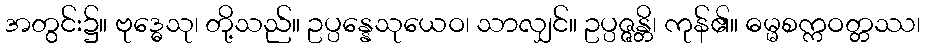
အတွင်း၌။ ဗုဒ္ဓေသု၊ တို့သည်။ ဥပ္ပန္နေသုယေဝ၊ သာလျှင်။ ဥပ္ပဇ္ဇန္တိ၊ ကုန်၏။ ဓမ္မစက္ကဝတ္တဿ၊